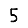
Digit: 5